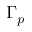
\Gamma _ { p }